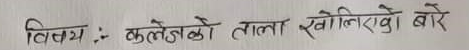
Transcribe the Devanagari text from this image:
विषय : कुलैचको ताला खोलिएको बारे